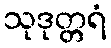
သုဒုတ္တရံ